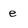
Character: e